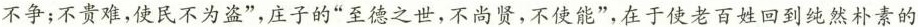
不争；不贵难，使民不为盗”，庄子的”至德之世，不尚贤，不使能”，在于使老百姓回到纯然朴素的